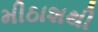
મીઠાશથી